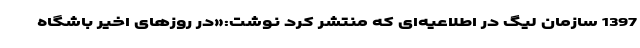
1397 سازمان لیگ در اطلاعیه‌ای که منتشر کرد نوشت:«در روزهای اخیر باشگاه